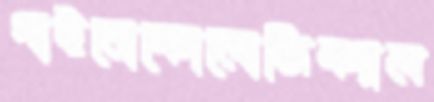
গাইনোকোলোজিক্যাল